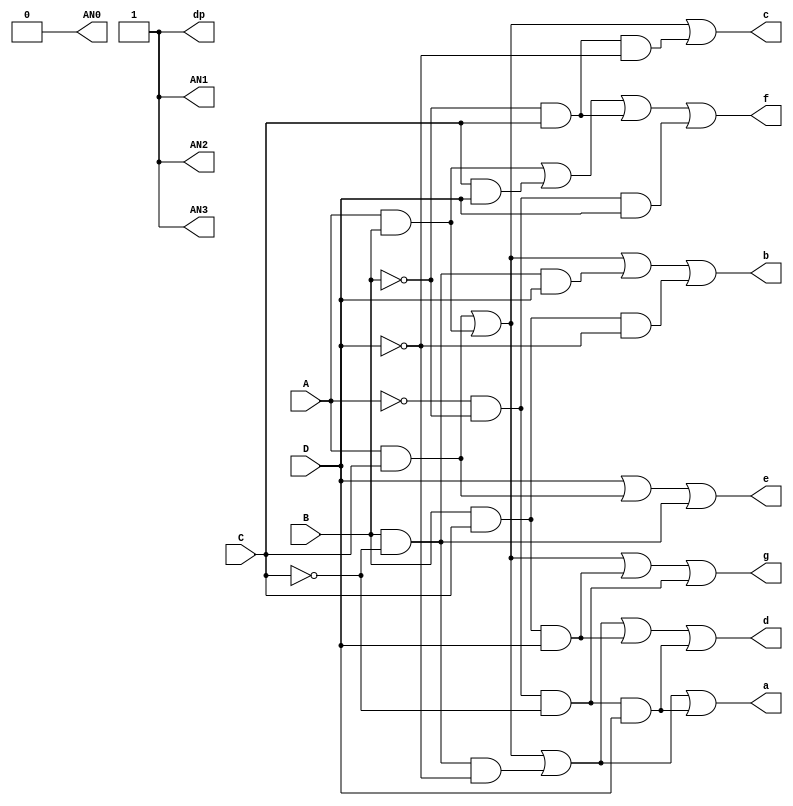
`timescale 1ns / 1ps
//////////////////////////////////////////////////////////////////////////////////
// Company: 
// Engineer: 
// 
// Design Name: 
// Module Name: bcd_7seg
// Project Name: 
// Target Devices: 
// Tool Versions: 
// Description: 
// 
// Dependencies: 
// 
// Revision:
// Revision 0.01 - File Created
// Additional Comments:
// 
//////////////////////////////////////////////////////////////////////////////////


module bcd_7seg(
    input A,
    input B,
    input C,
    input D,
    output a,
    output b,
    output c,
    output d,
    output e,
    output f,
    output g,
    output AN0,
    output AN1,
    output AN2,
    output AN3,
    output dp
    );
        
     assign   AN0 = 1'b0;
     assign   AN1 = 1'b1;
     assign   AN2 = 1'b1;
     assign   AN3 = 1'b1;
     assign   dp = 1'b1;
        
       //Defining wires for not signals
       wire A_not, B_not, C_not, D_not;
       
       //defining wires into or gate
       wire A0, A1, A2, A3;// 4 and gates for a
       wire B0, B1, B2, B3;// 4 and gates for b
       wire C0, C1, C2;// 3 and gates for c
       wire D0, D1, D2, D3, D4;//5 and gates for d
       wire E0, E1;//2 and gates for e
       wire F0, F1, F2, F3;//4 and gates for f
       wire G0, G1, G2, G3;//4 and gates for g
            
       //Instantiating Not gates as per the schematic
       not n0 (A_not, A);
       not n1 (B_not, B);
       not n2 (C_not, C);
       not n3 (D_not, D);
       
       //Instantiating And gates as per the schematic
       
       //for a
       and a0 (A0, A, C);
       and a1 (A1, A, B);
       and a2 (A2, B, C_not, D_not);
       and a3 (A3, A_not, B_not, C_not, D);
       
       or a4 (a, A0, A1, A2, A3);
       
       //for b
       and b0 (B0, A, C);
       and b1 (B1, A, B);
       and b2 (B2, B, C_not, D);
       and b3 (B3, B, C, D_not);
       
       or b4 (b, B0, B1, B2, B3);
       
       //for c
       and c0 (C0, A, C);
       and c1 (C1, A, B);
       and c2 (C2, B_not, C, D_not);
       
       or c3 (c, C0, C1, C2);
       
       //for d
       and d0 (D0, A, C);
       and d1 (D1, A, B);
       and d2 (D2, B, C_not, D_not);
       and d3 (D3, B, C, D);
       and d4 (D4, A_not, B_not, C_not, D);
       
       or d5 (d, D0, D1, D2, D3, D4);
       
       //for e
       and e0 (E0, A, C);
       and e1 (E1, B, C_not);
       
       or e2 (e, D, E0, E1);
       
       //for f
       and f0 (F0, A, B);
       and f1 (F1, C, D);
       and f2 (F2, B_not, C);
       and f3 (F3, A_not, B_not, D);
       
       or f4 (f, F0, F1, F2, F3);
       
       //for g
       and g0 (G0, A, C);
       and g1 (G1, A, B);
       and g2 (G2, B, C, D);
       and g3 (G3, A_not, B_not, C_not);
       
       or g4 (g, G0, G1, G2, G3);
        
endmodule